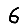
Digit: 6